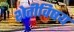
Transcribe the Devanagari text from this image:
शेतीविषय